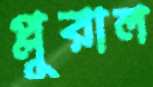
প্লুরাল